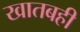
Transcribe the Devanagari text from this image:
खातबही